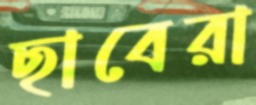
ছাবেরা